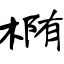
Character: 椭